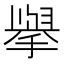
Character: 𭢅